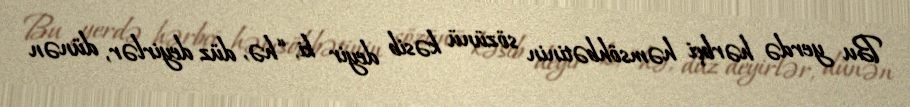
Bu yerdə hərbçi həmsöhbətinin sözünü kəsib deyir ki, “hə, düz deyirlər, dünən